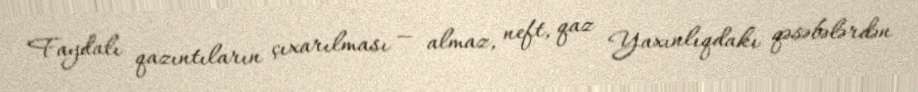
Faydalı qazıntıların çıxarılması — almaz, neft, qaz Yaxınlıqdakı qəsəbələrdən